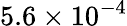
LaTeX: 5.6\times 10^{-4}